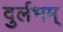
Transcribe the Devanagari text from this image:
दुर्लभम्